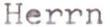
Herrn